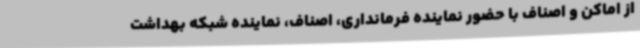
از اماکن و اصناف با حضور نماینده فرمانداری، اصناف، نماینده شبکه بهداشت